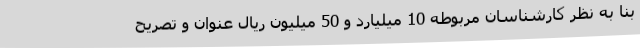
بنا به نظر کارشناسان مربوطه 10 میلیارد و 50 میلیون ریال عنوان و تصریح